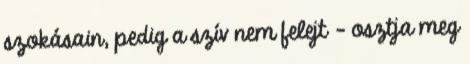
szokásain, pedig a szív nem felejt – osztja meg